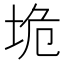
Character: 垝